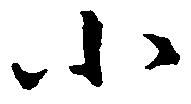
小